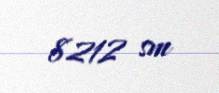
8212 sm